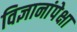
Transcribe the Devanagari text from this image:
विज्ञानांपेक्षा